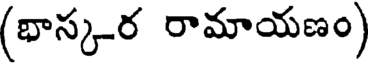
(భాస్కర రామాయణం)